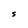
Character: S